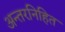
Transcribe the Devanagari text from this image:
अन्तरनिहित